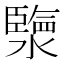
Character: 𤀩